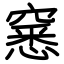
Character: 窸